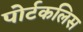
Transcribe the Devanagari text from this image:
पोर्टकलिस